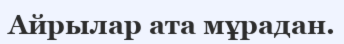
Айрылар ата мұрадан.